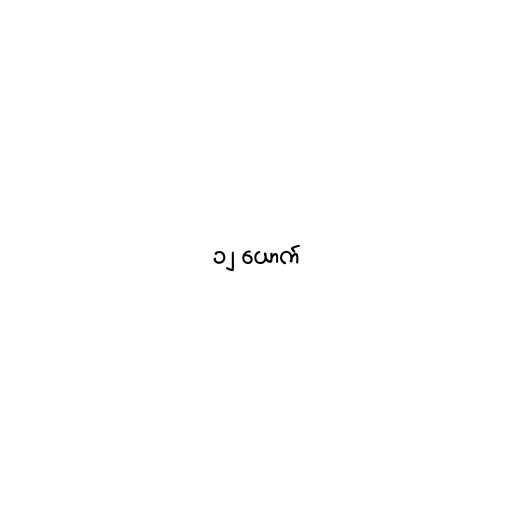
၁၂ ယောက်